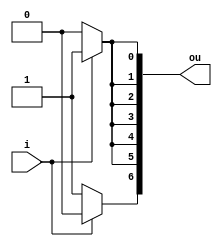
module seven_segment_negative(i,ou);

input i;
output reg [6:0]ou; // a, b, c, d, e, f, g

/*
This combinational always block sets up a negative sign or zero on the seven
segment display based on an input from three_decimal_vals_w_neg
*/
always @(*)
begin
//case for negative
if (i) begin
ou[6] = 0;
ou[5] = 1;
ou[4] = 1;
ou[3] = 1;
ou[2] = 1;
ou[1] = 1;
ou[0] = 1;
end
//case for positive
else begin
ou[6] = 1;
ou[5] = 0;
ou[4] = 0;
ou[3] = 0;
ou[2] = 0;
ou[1] = 0;
ou[0] = 0;
end
end

endmodule